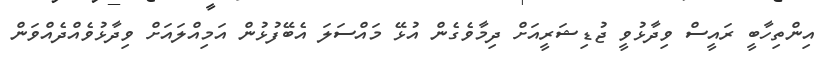
އިންތިހާބީ ރައީސް ވިދާޅުވީ ޖުޑިޝަރީއަށް ދިމާވެގެން އުޅޭ މައްސަލަ އެބޭފުޅުން އަމިއްލައަށް ވިދާޅުވެއްދެއްވަން